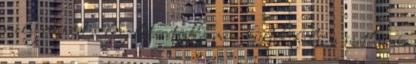
mely nemzet a legelutasítóbb a menekültek felé: a széthúzó.